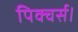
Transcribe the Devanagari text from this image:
पिक्चर्स।